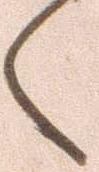
く